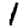
Digit: 1